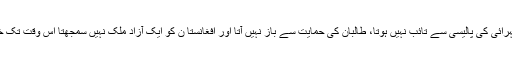
تجزیہ نگاروں کے مطابق جب تک پاکستان اپنی دفاعی گہرائی کی پالیسی سے تائب نہیں ہوتا، طالبان کی حمایت سے باز نہیں آتا اور افغانستا ن کو ایک آزاد ملک نہیں سمجھتا اس وقت تک خطے میں امن قائم ہونا ناممکن تو نہیں مشکل ضرور ہے۔